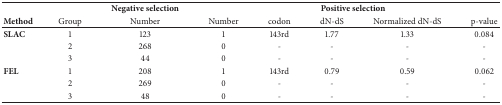
<table><thead><tr><td><b> </b></td><td><b> </b></td><td><b>Negative selection</b></td><td colspan="5"><b>Positive selection</b></td></tr><tr><td><b>Method</b></td><td><b>Group</b></td><td><b>Number</b></td><td><b>Number</b></td><td><b>codon</b></td><td><b>dN-dS</b></td><td><b>Normalized dN-dS</b></td><td><b>p-value</b></td></tr></thead><tbody><tr><td><b>SLAC</b></td><td>1</td><td>123</td><td>1</td><td>143rd</td><td>1.77</td><td>1.33</td><td>0.084</td></tr><tr><td> </td><td>2</td><td>268</td><td>0</td><td>-</td><td>-</td><td>-</td><td>-</td></tr><tr><td> </td><td>3</td><td>44</td><td>0</td><td>-</td><td>-</td><td>-</td><td>-</td></tr><tr><td><b>FEL</b></td><td>1</td><td>208</td><td>1</td><td>143rd</td><td>0.79</td><td>0.59</td><td>0.062</td></tr><tr><td> </td><td>2</td><td>269</td><td>0</td><td>-</td><td>-</td><td>-</td><td>-</td></tr><tr><td> </td><td>3</td><td>48</td><td>0</td><td>-</td><td>-</td><td>-</td><td>-</td></tr></tbody></table>